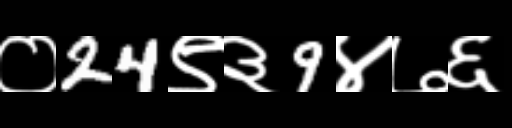
Text: ०24९३9४७६